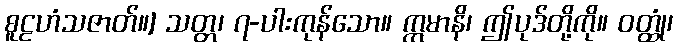
စူဠဟံသဇာတ်။] သတ္တ၊ ၇-ပါးကုန်သော။ ဣမာနိ၊ ဤပုဒ်တို့ကို။ ဝတ္ထုံ၊